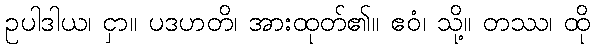
ဥပါဒါယ၊ ငှာ။ ပဒဟတိ၊ အားထုတ်၏။ ဧဝံ၊ သို့။ တဿ၊ ထို